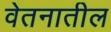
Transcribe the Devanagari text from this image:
वेतनातील